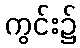
ကွင်း၌